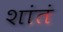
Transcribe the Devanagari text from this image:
शांतं